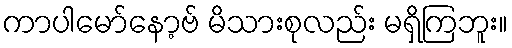
ကာပါမော်နော့ဗ် မိသားစုလည်း မရှိကြဘူး။